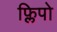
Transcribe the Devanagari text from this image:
फ्लिपो